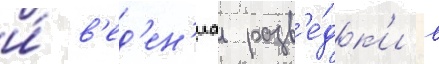
и́ в'ед'ен'иа разв'е́дк'и в